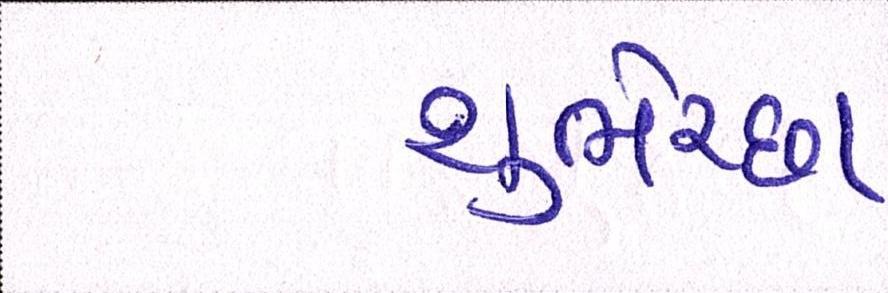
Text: શુભેચ્છા